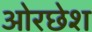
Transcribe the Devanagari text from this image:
ओरछेश